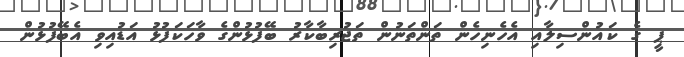
ޕީ ގެ ކައުންސިލާއި އެހެނިހެން ތަންތަނުން ތަޖުރިބާކާރު ބޭފުޅުންގެ ވާހަކަފުޅު އަޑުއިވި އެބޭފުޅުން